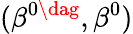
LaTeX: (\beta^{0\dag},\beta^{0})